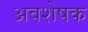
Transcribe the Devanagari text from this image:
अवशेषक